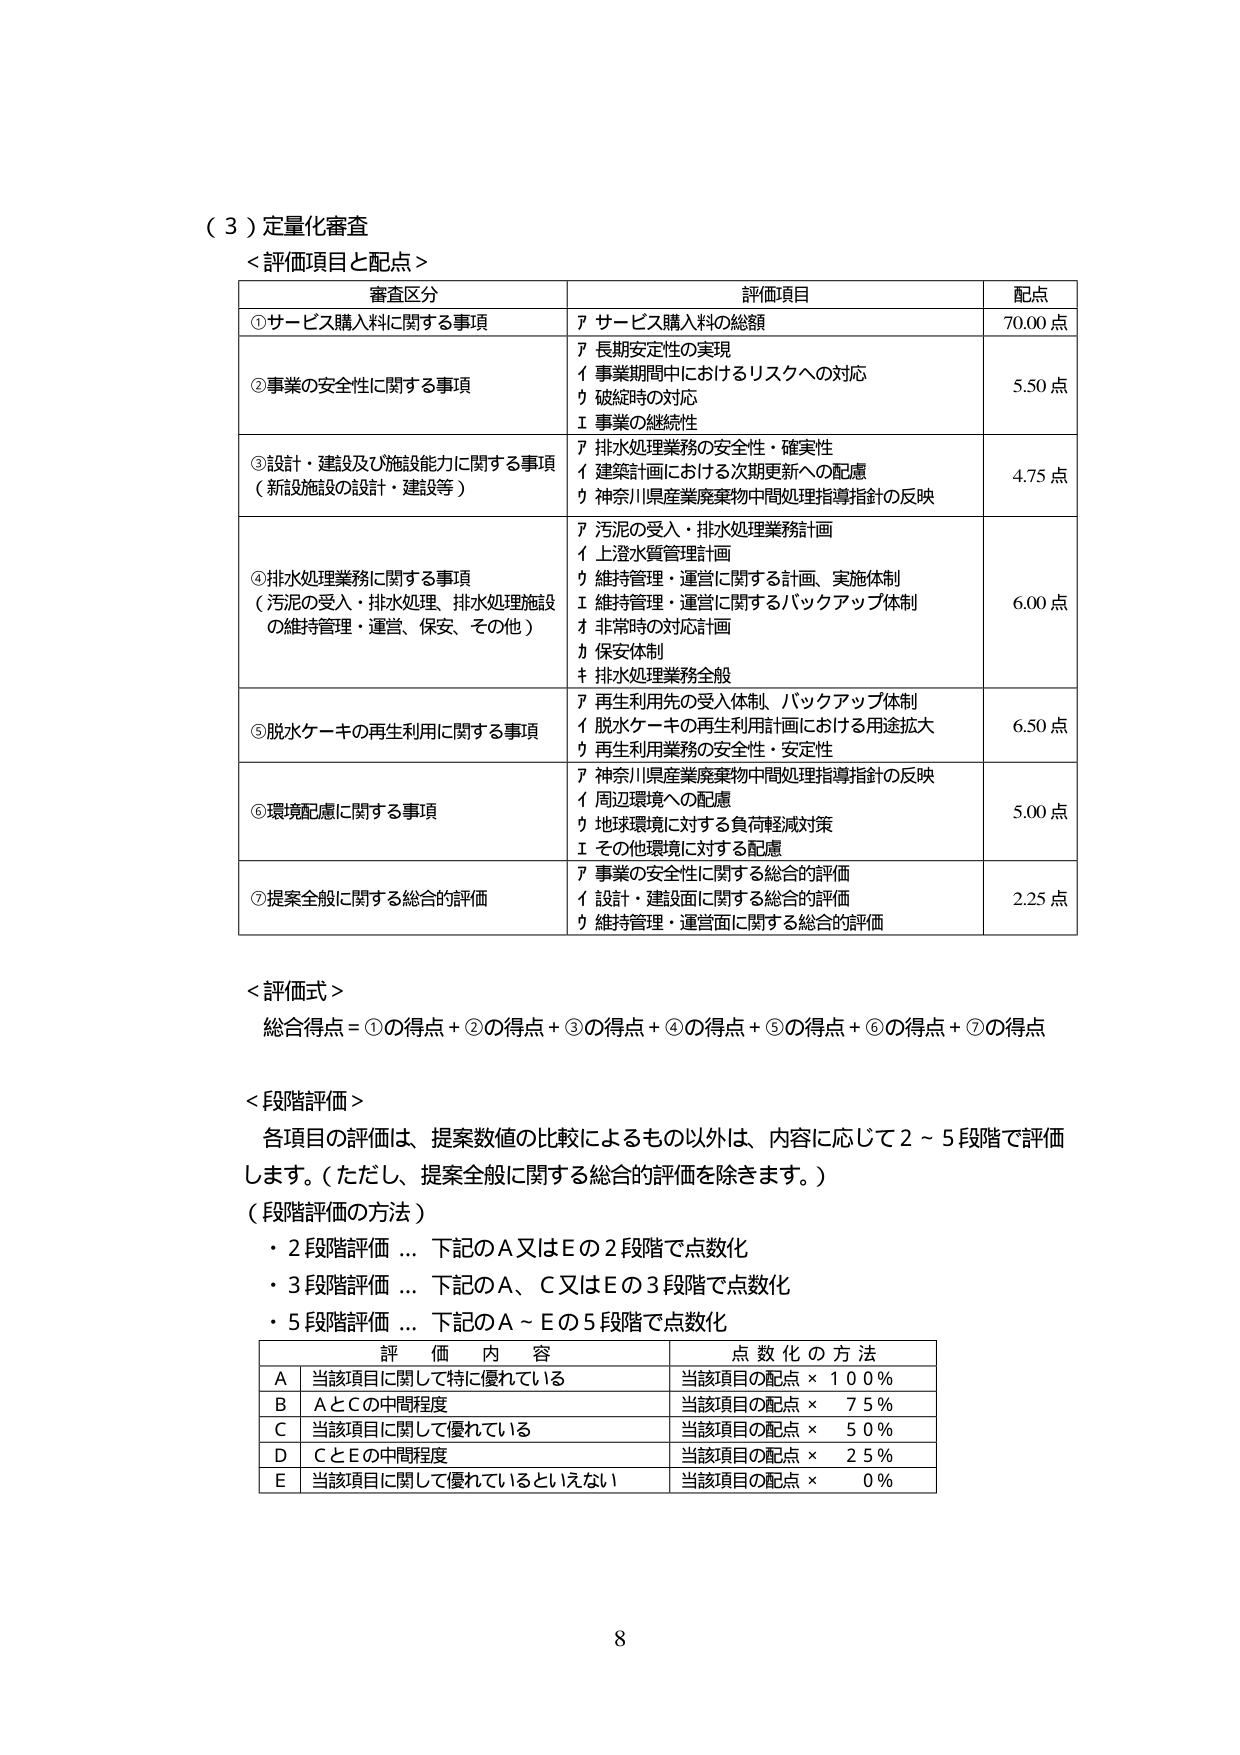
（３）定量化審査
＜評価項目と配点＞

審査区分　　　　　　　　　　　　　評価項目　　　　　　　　　　　　　配点
①サービス購入料に関する事項　　　ア サービス購入料の総額　　　　　　70.00 点
②事業の安全性に関する事項　　　　ア 長期安定性の実現
　　　　　　　　　　　　　　　　イ 事業期間中におけるリスクへの対応
　　　　　　　　　　　　　　　　ウ 破綻時の対応
　　　　　　　　　　　　　　　　エ 事業の継続性　　　　　　　　　　5.50 点
③設計・建設及び施設能力に関する事項
（新設施設の設計・建設等）　　ア 排水処理業務の安全性・確実性
　　　　　　　　　　　　　　　　イ 建築設計における次期更新への配慮
　　　　　　　　　　　　　　　　ウ 神奈川県産業廃棄物中間処理指導指針の反映　　　4.75 点
④排水処理業務に関する事項
（汚泥の受入・排水処理、排水処理施設
の維持管理・運営、保安、その他）　ア 汚泥の受入・排水処理業務計画
　　　　　　　　　　　　　　　　イ 上澄水質管理計画
　　　　　　　　　　　　　　　　ウ 維持管理・運営に関する計画、実施体制
　　　　　　　　　　　　　　　　エ 維持管理・運営に関するバックアップ体制
　　　　　　　　　　　　　　　　オ 非常時の対応計画
　　　　　　　　　　　　　　　　カ 保安体制
　　　　　　　　　　　　　　　　キ 排水処理業務全般　　　　　　　　6.00 点
⑤脱水ケーキの再生利用に関する事項　ア 再生利用先の受入体制、バックアップ体制
　　　　　　　　　　　　　　　　イ 脱水ケーキの再生利用計画における用途拡大
　　　　　　　　　　　　　　　　ウ 再生利用業務の安全性・安定性　　　6.50 点
⑥環境配慮に関する事項　　　　　　ア 神奈川県産業廃棄物中間処理指導指針の反映
　　　　　　　　　　　　　　　　イ 周辺環境への配慮
　　　　　　　　　　　　　　　　ウ 地球環境に対する負荷軽減対策
　　　　　　　　　　　　　　　　エ その他環境に対する配慮　　　　　5.00 点
⑦提案全般に関する総合的評価　　　ア 事業の安全性に関する総合的評価
　　　　　　　　　　　　　　　　イ 設計・建設面に関する総合的評価
　　　　　　　　　　　　　　　　ウ 維持管理・運営面に関する総合的評価　　　2.25 点

＜評価式＞
総合得点＝①の得点＋②の得点＋③の得点＋④の得点＋⑤の得点＋⑥の得点＋⑦の得点

＜段階評価＞
各項目の評価は、提案数値の比較によるもの以外は、内容に応じて２～５段階で評価します。（ただし、提案全般に関する総合的評価を除きます。）

（段階評価の方法）
・２段階評価 … 下記のＡ又はＥの２段階で点数化
・３段階評価 … 下記のＡ、Ｃ又はＥの３段階で点数化
・５段階評価 … 下記のＡ～Ｅの５段階で点数化

　　　　　　　評価内容　　　　　　　　　　　点数化の方法
　　　　　　Ａ 当該項目に関して特に優れている　　　当該項目の配点 × 100％
　　　　　　Ｂ ＡとＣの中間程度　　　　　　　　　　当該項目の配点 × 75％
　　　　　　Ｃ 当該項目に関して優れている　　　　　当該項目の配点 × 50％
　　　　　　Ｄ ＣとＥの中間程度　　　　　　　　　　当該項目の配点 × 25％
　　　　　　Ｅ 当該項目に関して優れているといえない　当該項目の配点 × 0％

8